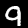
Label: 9